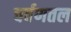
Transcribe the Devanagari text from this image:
चर्वणतल